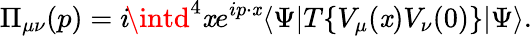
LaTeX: \Pi_{\mu\nu}(p)=i\! \intd^{4}\mathit{x}e^{ip\cdot\mathit{x}}\langle\Psi|T\{ V_{\mu}(\mathit{x})V_{\nu}(0)\} |\Psi\rangle.